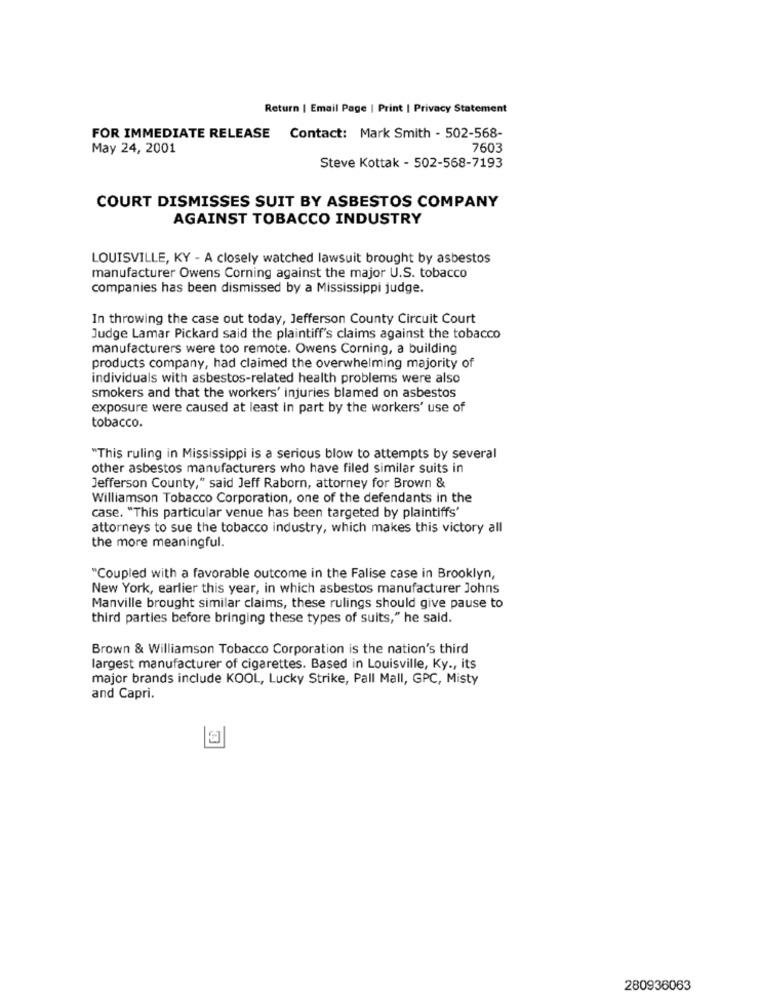
Return | Email Page | Print | Privacy Statement
FOR IMMEDIATE RELEASE Contact: Mark Smith - 502-568-
May 24, 2001
7603
Steve Kottak - 502-568-7193
COURT DISMISSES SUIT BY ASBESTOS COMPANY
AGAINST TOBACCO INDUSTRY
LOUISVILLE, KY - A closely watched lawsuit brought by asbestos
manufacturer Owens Corning against the major U.S. tobacco
companies has been dismissed by a Mississippi judge.
In throwing the case out today, Jefferson County Circuit Court
Judge Lamar Pickard said the plaintiff's claims against the tobacco
manufacturers were too remote. Owens Corning, a building
products company, had claimed the overwhelming majority of
individuals with asbestos-related health problems were also
smokers and that the workers' injuries blamed on asbestos
exposure were caused at least in part by the workers' use of
tobacco.
"This ruling in Mississippi is a serious blow to attempts by several
other asbestos manufacturers who have filed similar suits in
Jefferson County," said Jeff Raborn, attorney for Brown &
Williamson Tobacco Corporation, one of the defendants in the
case. "This particular venue has been targeted by plaintiffs'
attorneys to sue the tobacco industry, which makes this victory all
the more meaningful.
"Coupled with a favorable outcome in the Falise case in Brooklyn,
New York, earlier this year, in which asbestos manufacturer Johns
Manville brought similar claims, these rulings should give pause to
third parties before bringing these types of suits," he said.
Brown & Williamson Tobacco Corporation is the nation's third
largest manufacturer of cigarettes. Based in Louisville, Ky ., its
major brands include KOOL, Lucky Strike, Pall Mall, GPC, Misty
and Capri.
280936063